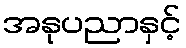
အနုပညာနှင့်